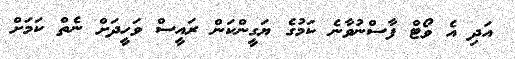
އަދި އެ ވޯޓް ފާސްނުވާނެ ކަމުގެ ޔަގީންކަން ރައީސް ވަހީދަށް ނެތް ކަމަށް